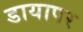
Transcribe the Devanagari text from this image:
डायापर